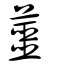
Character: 蘁